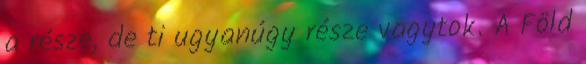
a része, de ti ugyanúgy része vagytok. A Föld